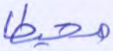
محيطا